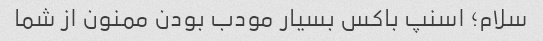
سلام؛ اسنپ باکس بسیار مودب بودن ممنون از شما